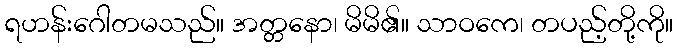
ရဟန်းဂေါတမသည်။ အတ္တနော၊ မိမိ၏။ သာဝကေ၊ တပည့်တို့ကို။